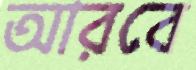
আরবে